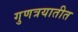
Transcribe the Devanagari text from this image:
गुणत्रयातीत